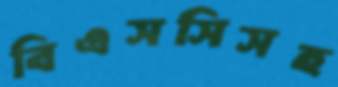
বিএসসিসহ